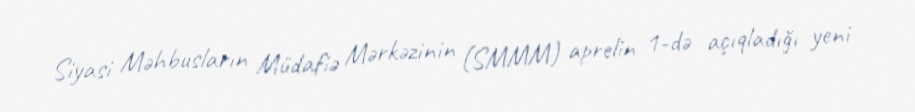
Siyasi Məhbusların Müdafiə Mərkəzinin (SMMM) aprelin 1-də açıqladığı yeni